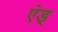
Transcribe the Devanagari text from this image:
एंड्